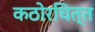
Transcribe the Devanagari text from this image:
कठोरचित्त